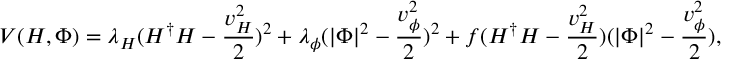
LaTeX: V ( H , \Phi ) = \lambda _ { H } ( H ^ { \dagger } H - { \frac { v _ { H } ^ { 2 } } { 2 } } ) ^ { 2 } + \lambda _ { \phi } ( | \Phi | ^ { 2 } - { \frac { v _ { \phi } ^ { 2 } } { 2 } } ) ^ { 2 } + f ( H ^ { \dagger } H - { \frac { v _ { H } ^ { 2 } } { 2 } } ) ( | \Phi | ^ { 2 } - { \frac { v _ { \phi } ^ { 2 } } { 2 } } ) ,